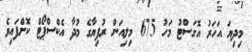
މިދިޔަ އަހަރު އޮގަސްޓު މަހު 675 މިލިއަން ރުފިޔާގެ މުދާ އެކްސްޕޯޓް ކޮށްފައިވެ